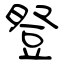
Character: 豋